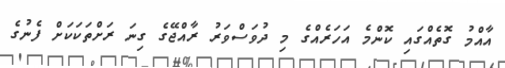
އާއްމު ގޮތެއްގައި ކޮންމެ އަހަރެއްގެ މި ދުވަސްވަރު ރާއްޖޭގެ ގިނަ ރަށްތަކަކަށް ފެނުގެ